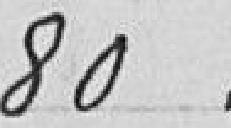
80